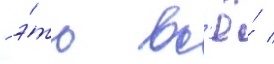
- э́то вс'ё́ /